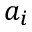
a _ { i }